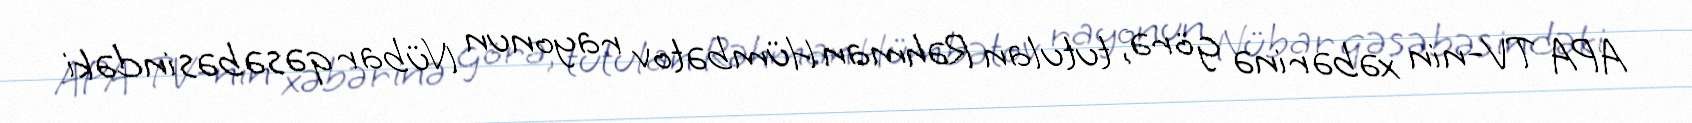
APA TV-nin xəbərinə görə, tutulan Rəhman Hümbətov rayonun Nübar qəsəbəsindəki